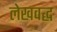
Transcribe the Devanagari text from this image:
लेखवद्ध